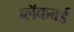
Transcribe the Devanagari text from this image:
ब्लॅकबर्ड